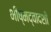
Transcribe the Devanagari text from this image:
भीष्मद्वादशी